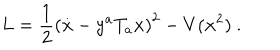
L = \frac { 1 } { 2 } \left( \dot { \bf x } - y ^ { a } T _ { a } { \bf x } \right) ^ { 2 } - V ( { \bf x } ^ { 2 } ) \ .